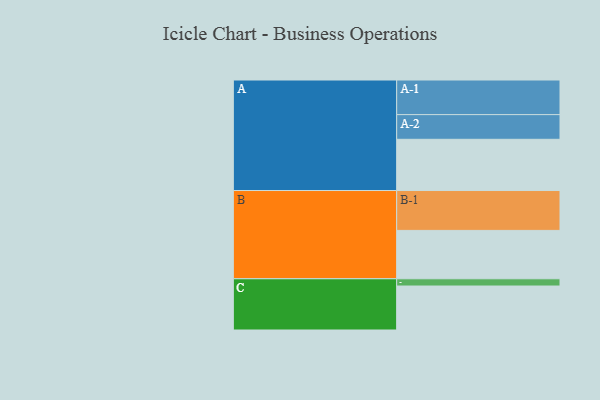
{"axis": {"x": "Segment", "y": "Value"}, "legend": ["", "A", "B", "C"], "data": [{"x": "A", "y": 361, "type": ""}, {"x": "B", "y": 341, "type": ""}, {"x": "C", "y": 310, "type": ""}, {"x": "A-1", "y": 244, "type": "A"}, {"x": "A-2", "y": 174, "type": "A"}, {"x": "B-1", "y": 281, "type": "B"}, {"x": "C-1", "y": 51, "type": "C"}]}